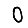
Digit: 0